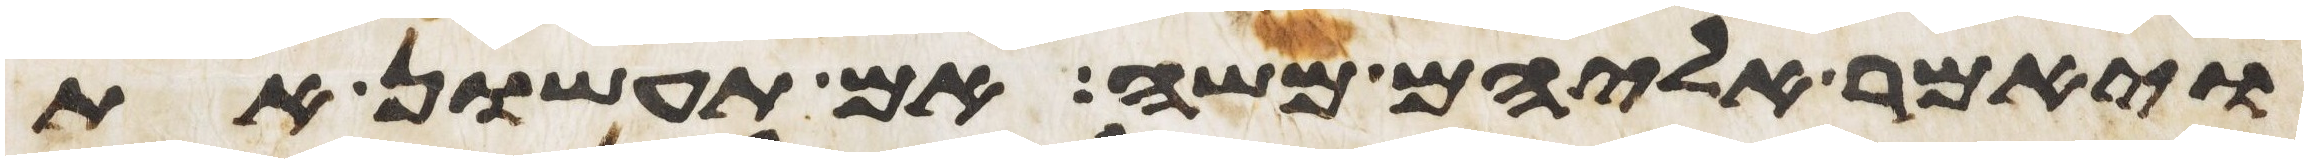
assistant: ויאמר אליהם משה אם תעשון את